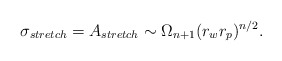
\begin{align*}\sigma_{stretch}= A_{stretch} \sim \Omega_{n+1} (r_w r_p)^{n/2}.\end{align*}